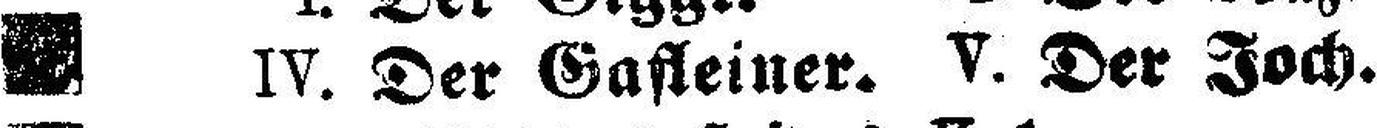
IV. Der Gafleiner. V. Der Joch.